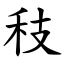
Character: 秓